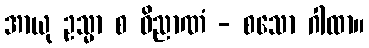
အာယု ဥသ္မာ စ ဝိညာဏံ - စသော ဂါထာ။